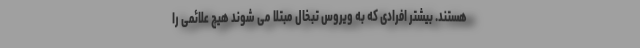
هستند. بیشتر افرادی که به ویروس تبخال مبتلا می شوند هیچ علائمی را